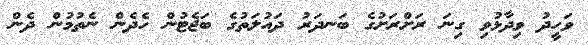
ވަހީދު ވިދާޅުވި ގިނަ ރަށްރަށުގެ ބަނދަރު ދައުލަތުގެ ބަޖެޓުން ހެދެން ނެތުމުން ދެން